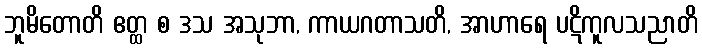
ဘူမိတောတိ ဧတ္ထ စ ဒသ အသုဘာ, ကာယဂတာသတိ, အာဟာရေ ပဋိကူလသညာတိ